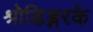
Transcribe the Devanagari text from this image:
श्रोडिङ्गरके